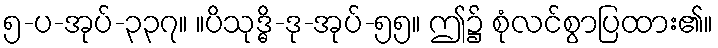
၅-ပ-အုပ်-၃၃၇။ ။ပိသုဒ္ဓိ-ဒု-အုပ်-၅၅။ ဤ၌ စုံလင်စွာပြထား၏။